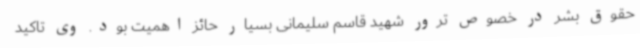
حقوق بشر در خصوص ترور شهید قاسم سلیمانی بسیار حائز اهمیت بود. وی تاکید